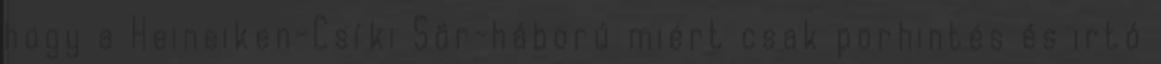
hogy a Heineiken-Csíki Sör-háború miért csak porhintés és irtó